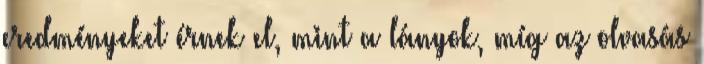
eredményeket érnek el, mint a lányok, míg az olvasás